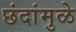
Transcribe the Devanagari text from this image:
छंदांमुळे